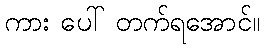
ကား ပေါ် တက်ရအောင်။